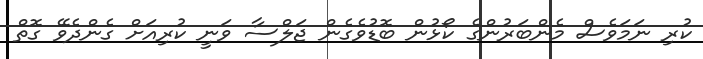
ކުރި ނަމަވެސް މެންބަރުންގެ ކޯޅުން ބޮޑުވެގެން ޖަލްސާ ވަނީ ކުރިއަށް ގެންދެވޭ ގޮތް